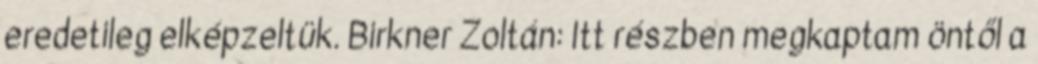
eredetileg elképzeltük. Birkner Zoltán: Itt részben megkaptam öntől a